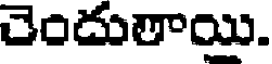
చెందులాయి.